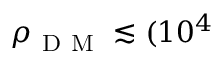
\rho _ { \mathrm { ~ D ~ M ~ } } \lesssim ( 1 0 ^ { 4 }